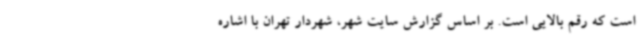
است که رقم بالایی است. بر اساس گزارش سایت شهر، شهردار تهران با اشاره